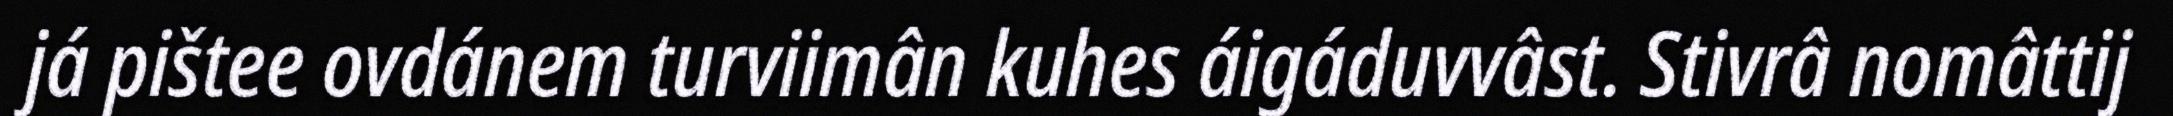
já pištee ovdánem turviimân kuhes áigáduvvâst. Stivrâ nomâttij